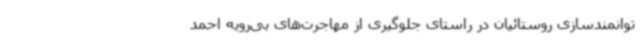
توانمندسازی روستائیان در راستای جلوگیری از مهاجرت‌های بی‌رویه احمد